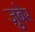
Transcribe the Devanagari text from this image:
ज़ुबेर